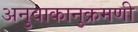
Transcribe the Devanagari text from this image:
अनुवाकानुक्रमणी